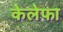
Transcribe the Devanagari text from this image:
केलेफा